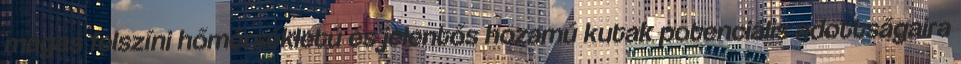
magas felszíni hőmérsékletű és jelentős hozamú kutak potenciális adottságaira